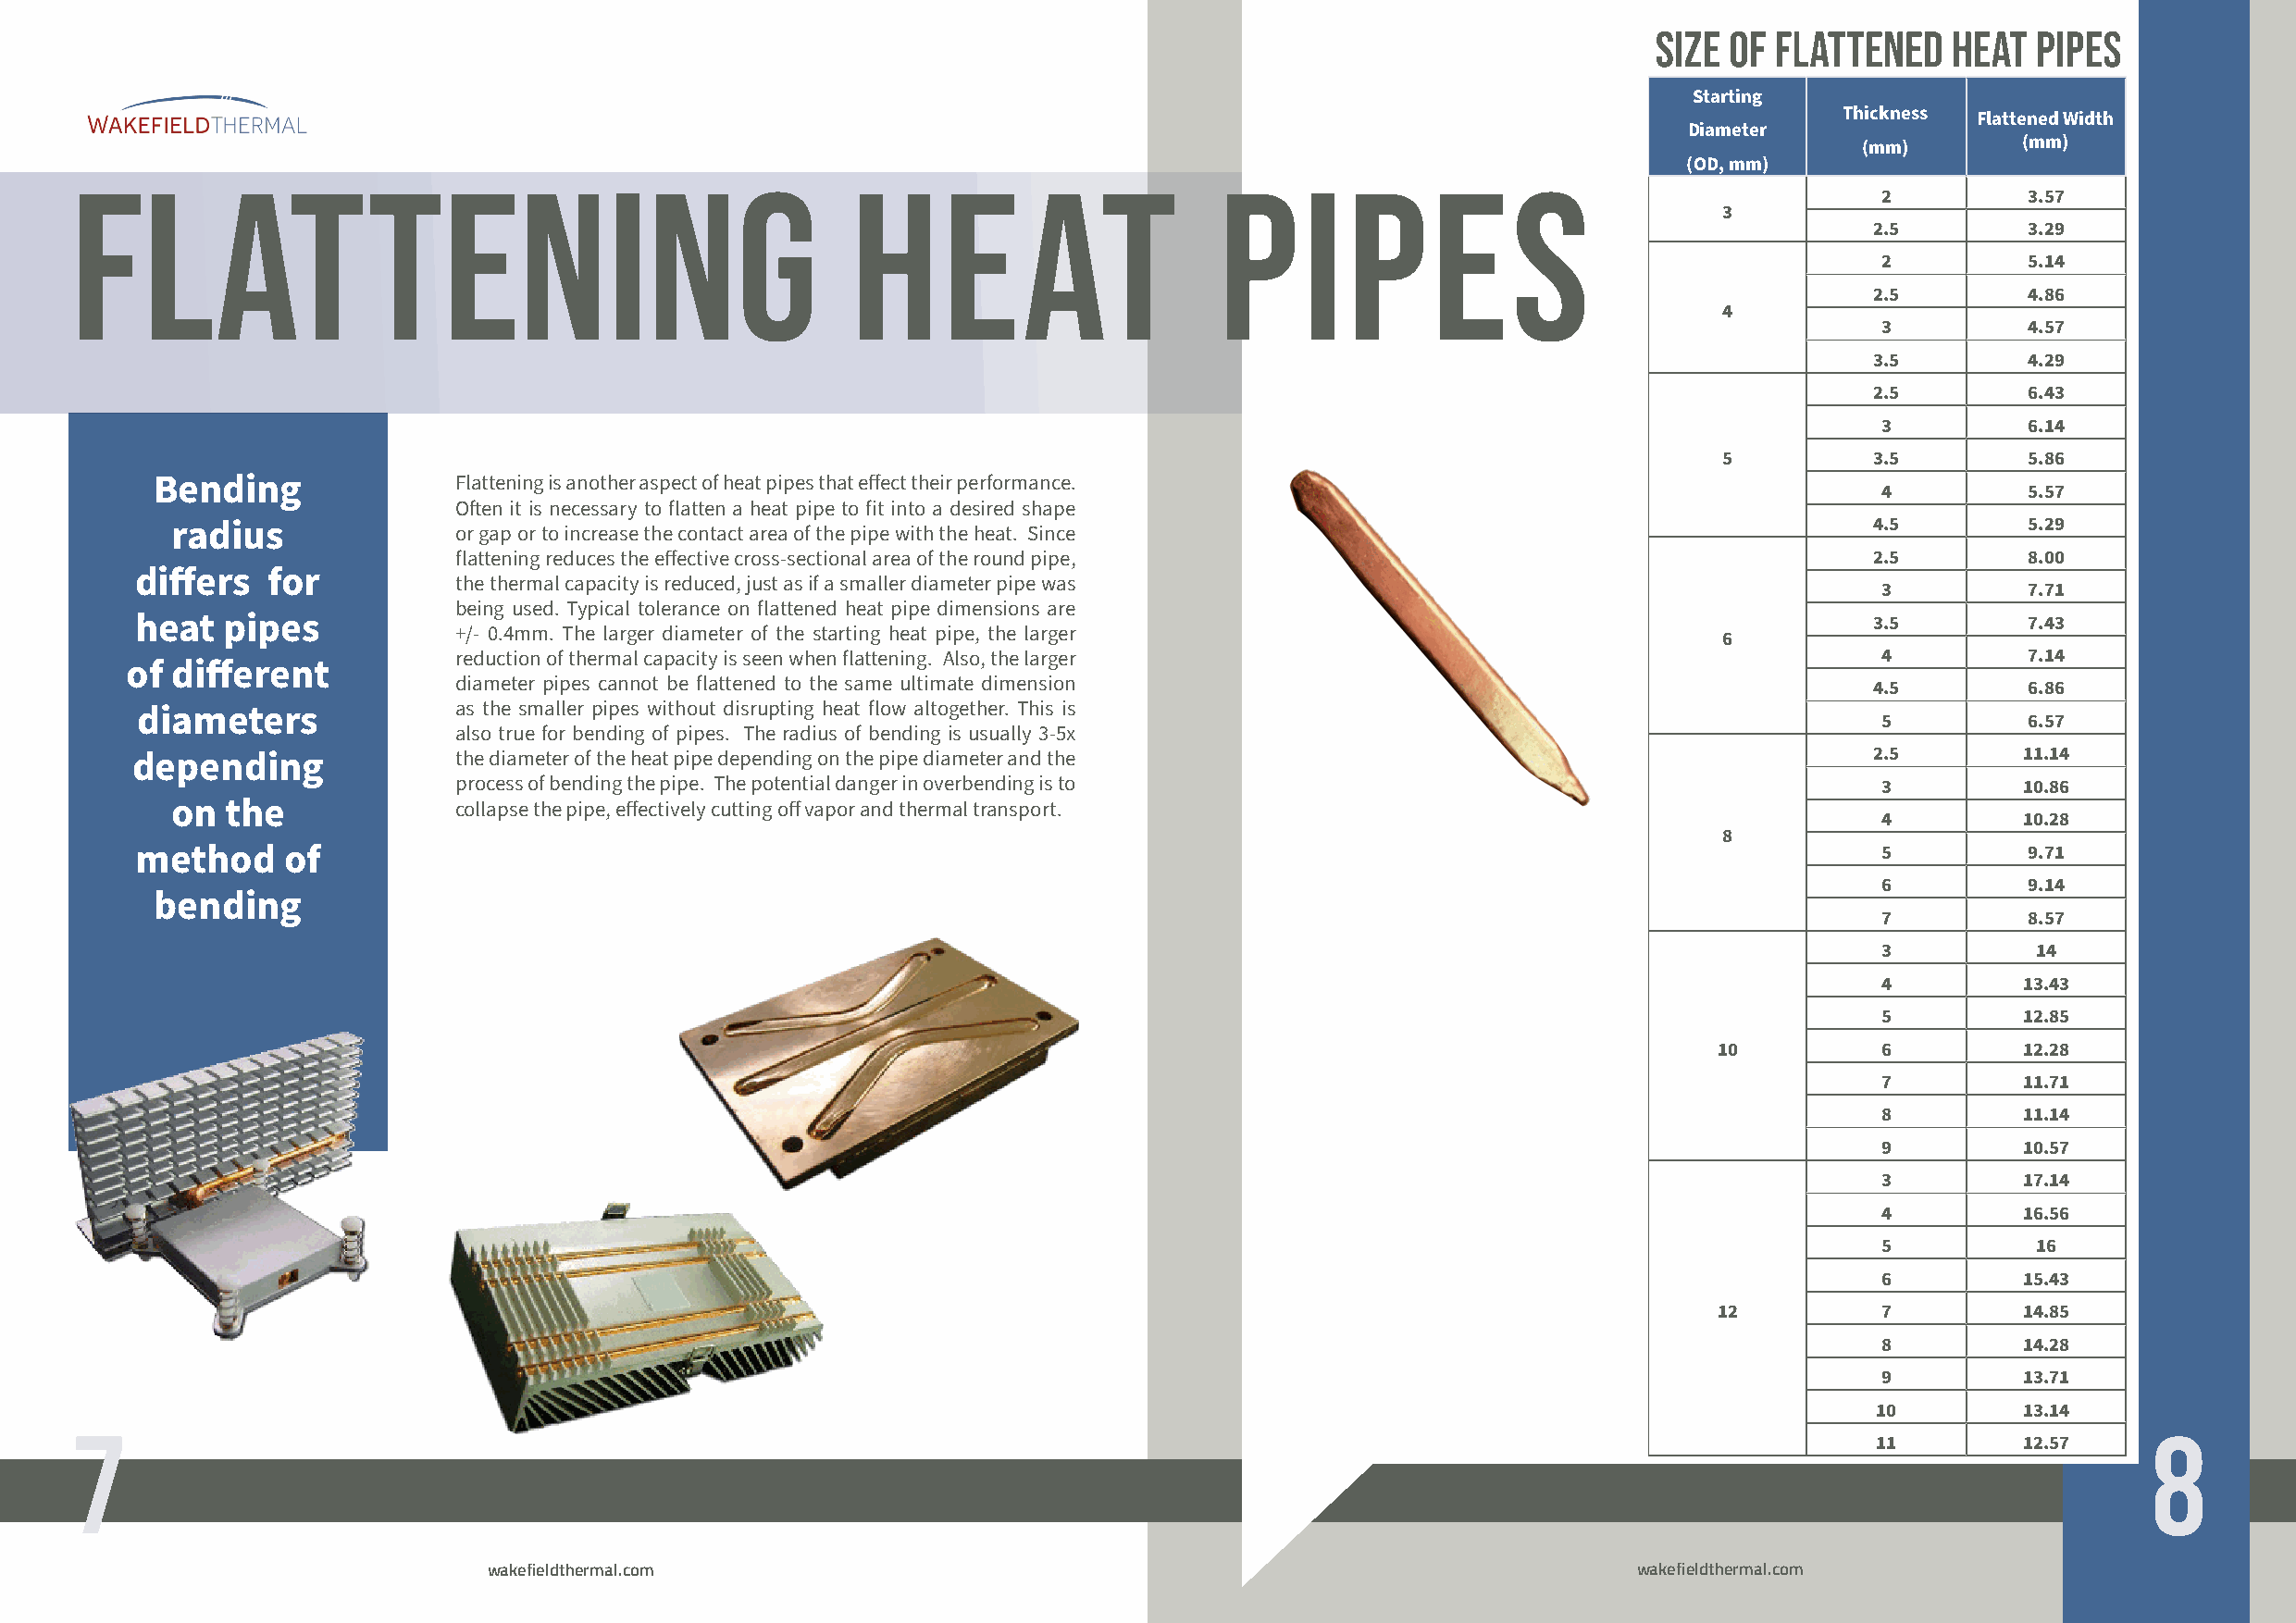
size  of flattened    heat  Pipes
 Starting
 Thickness Flattened Width
 Diameter
 (mm)        (mm)
 (OD, mm)
 flattening                                              heat                      pipes
 2         3.57
 3
 2.5        3.29
 2         5.14
 2.5        4.86
 4
 3         4.57
 3.5        4.29
 2.5        6.43
 3         6.14
 5          3.5        5.86
 Bending               Flattening is another aspect of heat pipes that effect their performance.
 4         5.57
 Often it is necessary to flatten a heat pipe to fit into a desired shape
 radius               or gap or to increase the contact area of the pipe with the heat. Since                              4.5        5.29
 flattening reduces the effective cross-sectional area of the round pipe,                             2.5        8.00
 differs  for
 the thermal capacity is reduced, just as if a smaller diameter pipe was
 3         7.71
 being used. Typical tolerance on flattened heat pipe dimensions are
 heat  pipes                                                                                                                 3.5        7.43
 +/- 0.4mm. The larger diameter of the starting heat pipe, the larger
 6
 reduction of thermal capacity is seen when flattening. Also, the larger                               4         7.14
 of different
 diameter pipes cannot be flattened to the same ultimate dimension                                    4.5        6.86
 as the smaller pipes without disrupting heat flow altogether. This is
 diameters
 5         6.57
 also true for bending of pipes. The radius of bending is usually 3-5x
 depending               the diameter of the heat pipe depending on the pipe diameter and the                                 2.5        11.14
 process of bending the pipe. The potential danger in overbending is to                                3         10.86
 on  the              collapse the pipe, effectively cutting off vapor and thermal transport.
 4         10.28
 8
 method    of                                                                                                                 5         9.71
 6         9.14
 bending
 7         8.57
 3          14
 4         13.43
 5         12.85
 10          6         12.28
 7         11.71
 8         11.14
 9         10.57
 3         17.14
 4         16.56
 5          16
 6         15.43
 12          7         14.85
 8         14.28
 9         13.71
 10         13.14
 7                                                                                                                                                    8
 11         12.57
 wakefieldthermal.com                                                              wakefieldthermal.com